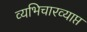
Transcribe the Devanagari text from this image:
व्यभिचारव्याप्त